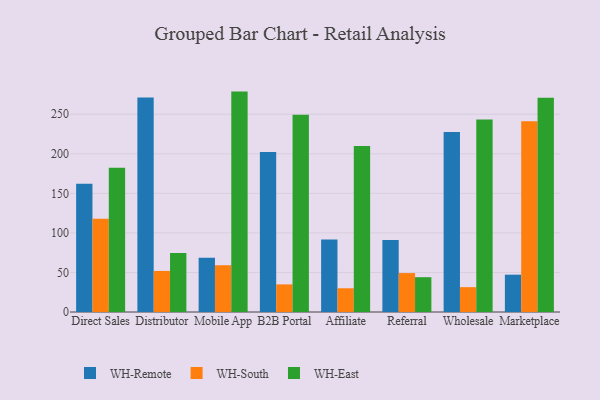
{"axis": {"x": "Channel", "y": "Satisfaction Score"}, "legend": ["WH-East", "WH-Remote", "WH-South"], "data": [{"x": "Direct Sales", "y": 162.1, "type": "WH-Remote"}, {"x": "Direct Sales", "y": 118.0, "type": "WH-South"}, {"x": "Direct Sales", "y": 182.3, "type": "WH-East"}, {"x": "Distributor", "y": 271.0, "type": "WH-Remote"}, {"x": "Distributor", "y": 51.9, "type": "WH-South"}, {"x": "Distributor", "y": 74.7, "type": "WH-East"}, {"x": "Mobile App", "y": 68.5, "type": "WH-Remote"}, {"x": "Mobile App", "y": 59.1, "type": "WH-South"}, {"x": "Mobile App", "y": 278.6, "type": "WH-East"}, {"x": "B2B Portal", "y": 202.2, "type": "WH-Remote"}, {"x": "B2B Portal", "y": 34.9, "type": "WH-South"}, {"x": "B2B Portal", "y": 249.3, "type": "WH-East"}, {"x": "Affiliate", "y": 91.6, "type": "WH-Remote"}, {"x": "Affiliate", "y": 30.0, "type": "WH-South"}, {"x": "Affiliate", "y": 209.8, "type": "WH-East"}, {"x": "Referral", "y": 91.1, "type": "WH-Remote"}, {"x": "Referral", "y": 49.2, "type": "WH-South"}, {"x": "Referral", "y": 44.0, "type": "WH-East"}, {"x": "Wholesale", "y": 227.6, "type": "WH-Remote"}, {"x": "Wholesale", "y": 31.4, "type": "WH-South"}, {"x": "Wholesale", "y": 243.4, "type": "WH-East"}, {"x": "Marketplace", "y": 47.2, "type": "WH-Remote"}, {"x": "Marketplace", "y": 241.0, "type": "WH-South"}, {"x": "Marketplace", "y": 270.9, "type": "WH-East"}]}